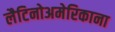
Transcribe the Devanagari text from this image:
लैटिनोअमेरिकाना